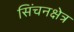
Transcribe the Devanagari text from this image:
सिंचनक्षेत्र